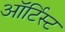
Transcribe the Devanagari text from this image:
ऑर्टिस्ट